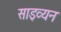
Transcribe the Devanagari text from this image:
साइव्यन